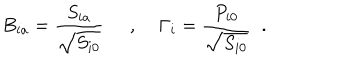
LaTeX: B _ { i a } = \frac { S _ { i a } } { \sqrt { S _ { i 0 } } } \; \; , \; \Gamma _ { i } = \frac { P _ { i 0 } } { \sqrt { S _ { i 0 } } } \; \; .